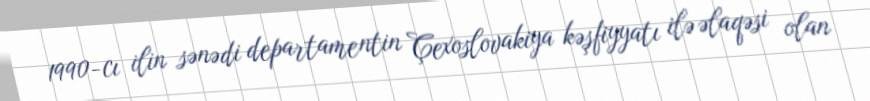
1990-cı ilin sənədi departamentin Çexoslovakiya kəşfiyyatı ilə əlaqəsi olan